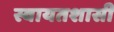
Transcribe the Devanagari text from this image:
स्वायतशासी